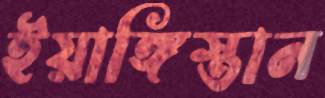
ইয়াঙ্গিস্তান